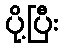
ပို့ပြီး